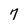
Character: 7